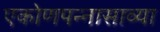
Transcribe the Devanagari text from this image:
एकोणपन्नासाव्या